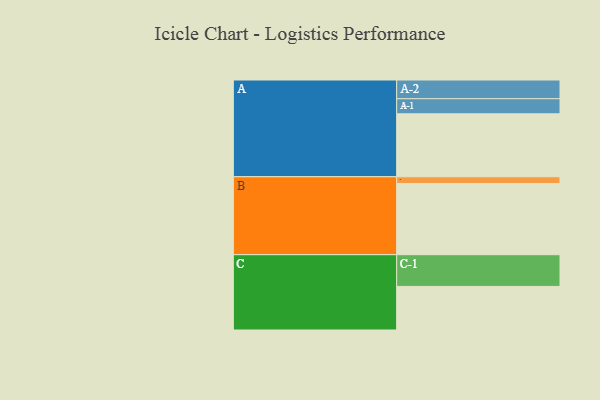
{"axis": {"x": "Segment", "y": "Value"}, "legend": ["", "A", "B", "C"], "data": [{"x": "A", "y": 484, "type": ""}, {"x": "B", "y": 547, "type": ""}, {"x": "C", "y": 335, "type": ""}, {"x": "A-1", "y": 116, "type": "A"}, {"x": "A-2", "y": 144, "type": "A"}, {"x": "B-1", "y": 52, "type": "B"}, {"x": "C-1", "y": 244, "type": "C"}]}